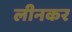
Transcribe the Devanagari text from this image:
लीनकर